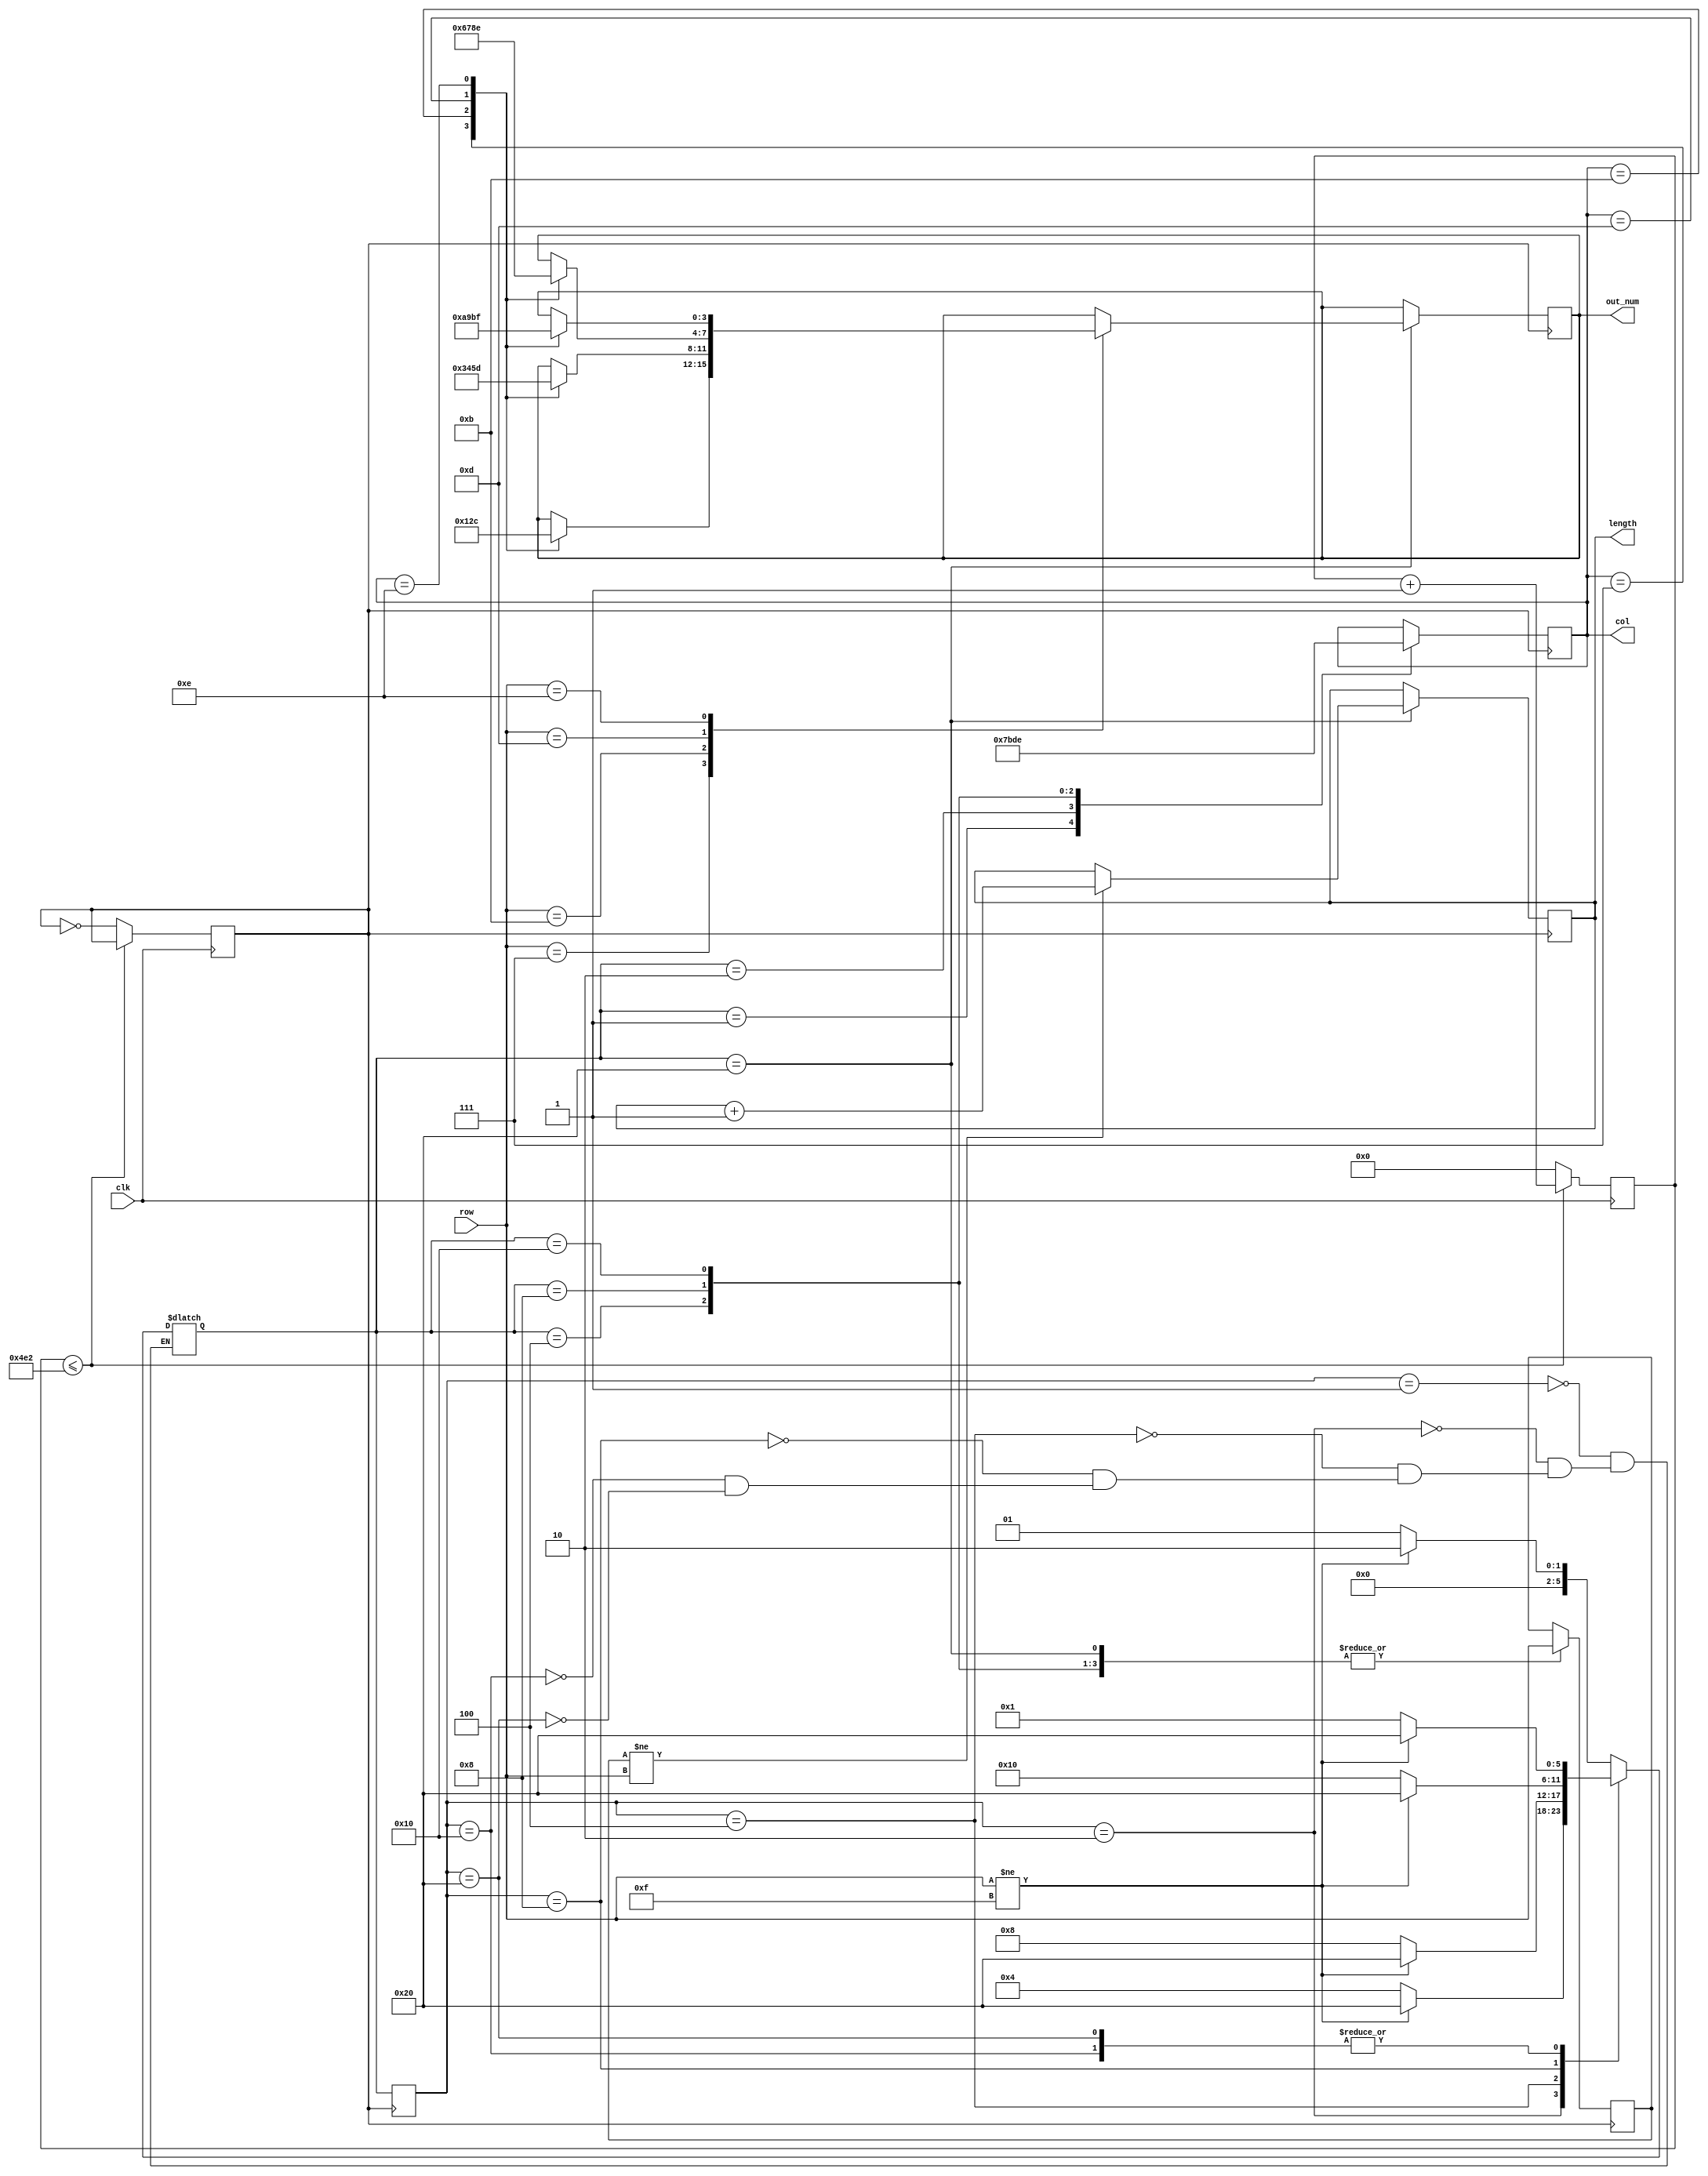
module keyboard(
	input clk,
	//
	input [3:0] row,
	output reg [3:0] col,
	output reg [3:0] out_num,
	output reg [2:0] length
);
reg [19:0] cnt;//
reg key_clk;
reg [3:0] memory_row;//row
reg [5:0] final_state,nxt_state;
parameter NONE=6'b000001;
parameter COL1=6'b000010;
parameter COL2=6'b000100;
parameter COL3=6'b001000;
parameter COL4=6'b010000;
parameter PRESS=6'b100000;
initial begin//
	nxt_state=NONE;
	memory_row=4'b1111;
	length=0;
	out_num=0;//
end
//
always @ (posedge clk)
	begin 
		if(cnt<=1250)//
			cnt<=cnt + 1;
		else begin
			cnt<=0;
			key_clk<=~key_clk;
		end
	end
always @ (posedge key_clk)
	begin
		case(nxt_state)
		NONE:
			begin
				memory_row=row;//memory_row
				col<=4'b0000;
			end
		COL1:
			begin
				//!
				col<=4'b0111;
			end
		COL2:
			begin
				memory_row=row;//memory_row
				col<=4'b1011;
			end
		COL3:
			begin
				memory_row=row;//memory_row
				col<=4'b1101;
			end
		COL4:
			begin
				memory_row=row;//memory_row
				col<=4'b1110;
			end
		PRESS:
			begin
				if(memory_row!=row) length<=length+1'b1;//
				case(row)
				4'b0111:
					case(col)
					4'b0111:out_num<=4'h0;
					4'b1011:out_num<=4'h1;
					4'b1101:out_num<=4'h2;
					4'b1110:out_num<=4'hC;
					endcase
				4'b1011:
					case(col)
					4'b0111:out_num<=4'h3;
					4'b1011:out_num<=4'h4;
					4'b1101:out_num<=4'h5;
					4'b1110:out_num<=4'hD;
					endcase
				4'b1101:
					case(col)
					4'b0111:out_num<=4'h6;
					4'b1011:out_num<=4'h7;
					4'b1101:out_num<=4'h8;
					4'b1110:out_num<=4'hE;
					endcase
				4'b1110:
					case(col)
					4'b0111:out_num<=4'hA;
					4'b1011:out_num<=4'h9;
					4'b1101:out_num<=4'hB;
					4'b1110:out_num<=4'hF;
					endcase
				endcase
				memory_row=row;//memory_row
			end
		endcase
	end

always @ *
	case(final_state)
	NONE:
		if(row!=4'hF)
			nxt_state=COL1;//
		else
			nxt_state=NONE;
	COL1:
		if(row!=4'hF)
			nxt_state=PRESS;//
		else
			nxt_state=COL2;//
	COL2:
		if(row!=4'hF)
			nxt_state=PRESS;
		else
			nxt_state=COL3;
	COL3:
		if(row!=4'hF)
			nxt_state=PRESS;
		else
			nxt_state=COL4;
	COL4:
		if(row!=4'hF)
			nxt_state=PRESS;
		else
			nxt_state=NONE;
	PRESS:
		if(row!=4'hF)
			nxt_state=PRESS;
		else
			nxt_state=NONE;//press
	endcase
always @ (posedge key_clk)
	begin
		final_state=nxt_state;//state
	end
endmodule